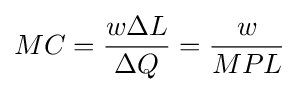
MC={\frac {w\Delta L}{\Delta Q}}={\frac {w}{MPL}}